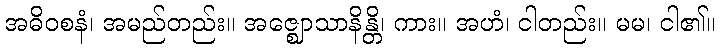
အဓိဝစနံ၊ အမည်တည်း။ အဇ္ဈောသာနိန္တိ၊ ကား။ အဟံ၊ ငါတည်း။ မမ၊ ငါ၏။